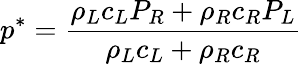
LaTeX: p^{*}=\frac{\rho_{L}c_{L}P_{R}+\rho_{R}c_{R}P_{L}}{\rho_{L}c_{L}+\rho_{R}c_{R}}